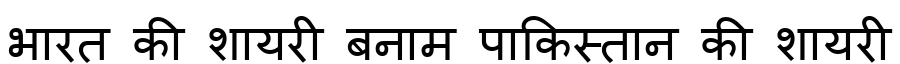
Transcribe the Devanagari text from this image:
भारत की शायरी बनाम पाकिस्तान की शायरी